Vaccination in Bombay 1856-1862 - 1856-1862
Year: 1856
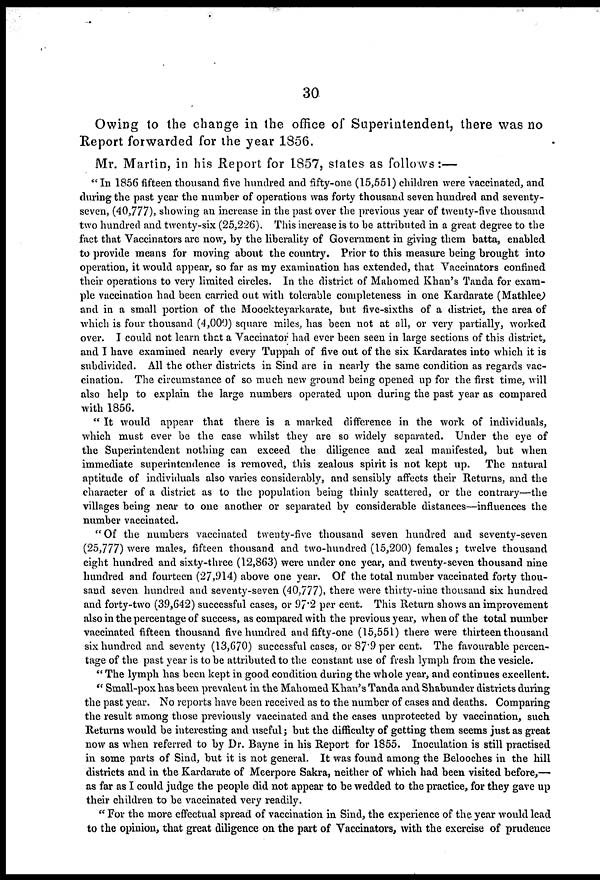
30
Owing to the change in the office of Superintendent, there was no
Report forwarded for the year 1856.
Mr. Martin, in his Report for 1857, states as follows:—
"In 1856 fifteen thousand five hundred and fifty-one (15,551) children were vaccinated, and
during the past year the number of operations was forty thousand seven hundred and seventy-
seven, (40,777), showing an increase in the past over the previous year of twenty-five thousand
two hundred and twenty-six (25,226). This increase is to be attributed in a great degree to the
fact that Vaccinators are now, by the liberality of Government in giving them batta, enabled
to provide means for moving about the country. Prior to this measure being brought into
operation, it would appear, so far as my examination has extended, that Vaccinators confined
their operations to very limited circles. In the district of Mahomed Khan's Tanda for exam-
ple vaccination had been carried out with tolerable completeness in one Kardarate (Mathlee)
and in a small portion of the Moockteyarkarate, but five-sixths of a district, the area of
which is four thousand (4,000) square miles, has been not at all, or very partially, worked
over. I could not learn that a Vaccinator had ever been seen in large sections of this district,
and I have examined nearly every Tuppah of five out of the six Kardarates into which it is
subdivided. All the other districts in Sind are in nearly the same condition as regards vac-
cination. The circumstance of so much new ground being opened up for the first time, will
also help to explain the large numbers operated upon during the past year as compared
with 1856.
" It would appear that there is a marked difference in the work of individuals,
which must ever be the case whilst they are so widely separated. Under the eye of
the Superintendent nothing can exceed the diligence and zeal manifested, but when
immediate superintendence is removed, this zealous spirit is not kept up. The natural
aptitude of individuals also varies considerably, and sensibly affects their Returns, and the
character of a district as to the population being thinly scattered, or the contrary—the
villages being near to one another or separated by considerable distances—influences the
number vaccinated.
" Of the numbers vaccinated twenty-five thousand seven hundred and seventy-seven
(25,777) were males, fifteen thousand and two-hundred (15,200) females; twelve thousand
eight hundred and sixty-three (12,863) were under one year, and twenty-seven thousand nine
hundred and fourteen (27,5914) above one year. Of the total number vaccinated forty thou-
sand seven hundred and seventy-seven (40,777). there were thirty-nine thousand six hundred
and forty-two (39,642) successful cases, or 97.2 per cent. This Return shows an improvement
also in the percentage of success, as compared with the previous year, when of the total number
vaccinated fifteen thousand five hundred and fifty-one (15,551) there were thirteen thousand
six hundred and seventy (13,670) successful cases, or 87.9 per cent. The favourable percen-
tage of the past year is to be attributed to the constant use of fresh lymph from the vesicle.
" The lymph has been kept in good condition during the whole year, and continues excellent.
" Small-pox has been prevalent in the Mahomed Khan's Tanda and Shabunder districts during
the past year. No reports have been received as to the number of cases and deaths. Comparing
the result among those previously vaccinated and the cases unprotected by vaccination, such
Returns would be interesting and useful; but the difficulty of getting them seems just as great
now as when referred to by Dr. Bayne in his Report for 1855. Inoculation is still practised
in some parts of Sind, but it is not general. It was found among the Belooches in the hill
districts and in the Kardarate of Meerpore Sakra, neither of which had been visited before,—
as far as I could judge the people did not appear to be wedded to the practice, for they gave up
their children to be vaccinated very readily.
" For the more effectual spread of vaccination in Sind, the experience of the year would lead
to the opinion, that great diligence on the part of Vaccinators, with the exercise of prudence